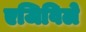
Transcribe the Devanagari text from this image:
एजिविले